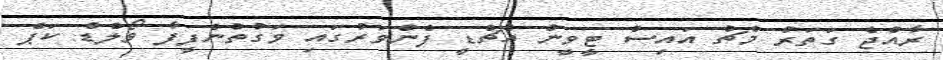
ރާއްޖެ ގަތަރު މެޗު އައިސް ޓީވީން އެޗްޑީ ފެންވަރުގައި ވަގުތުންފީފާ ވޯލްޑް ކަޕް